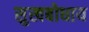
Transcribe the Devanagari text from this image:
सुखबोधाय